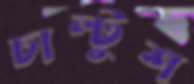
চাল্টুশ